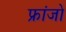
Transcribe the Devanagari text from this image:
फ्रांजो